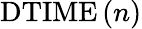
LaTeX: \mathrm{DTIME}\left(n\right)